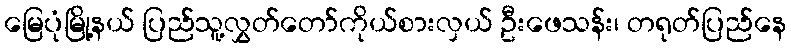
မြေပုံမြို့နယ် ပြည်သူ့လွှတ်တော်ကိုယ်စားလှယ် ဦးဖေသန်း၊ တရုတ်ပြည်နေ